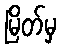
မြိတ်မှ